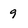
Character: 9